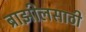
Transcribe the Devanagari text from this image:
ब्राझीलसाठी